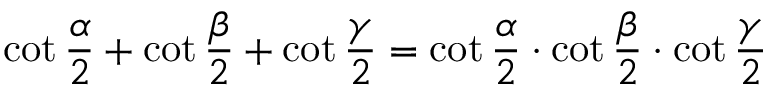
\cot { \frac { \alpha } { 2 } } + \cot { \frac { \beta } { 2 } } + \cot { \frac { \gamma } { 2 } } = \cot { \frac { \alpha } { 2 } } \cdot \cot { \frac { \beta } { 2 } } \cdot \cot { \frac { \gamma } { 2 } }